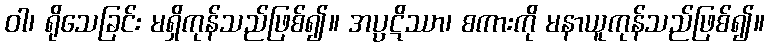
ဝါ၊ ရိုသေခြင်း မရှိကုန်သည်ဖြစ်၍။ အပ္ပဋိဿာ၊ စကားကို မနာယူကုန်သည်ဖြစ်၍။